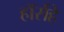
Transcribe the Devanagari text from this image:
हॉर्सहे